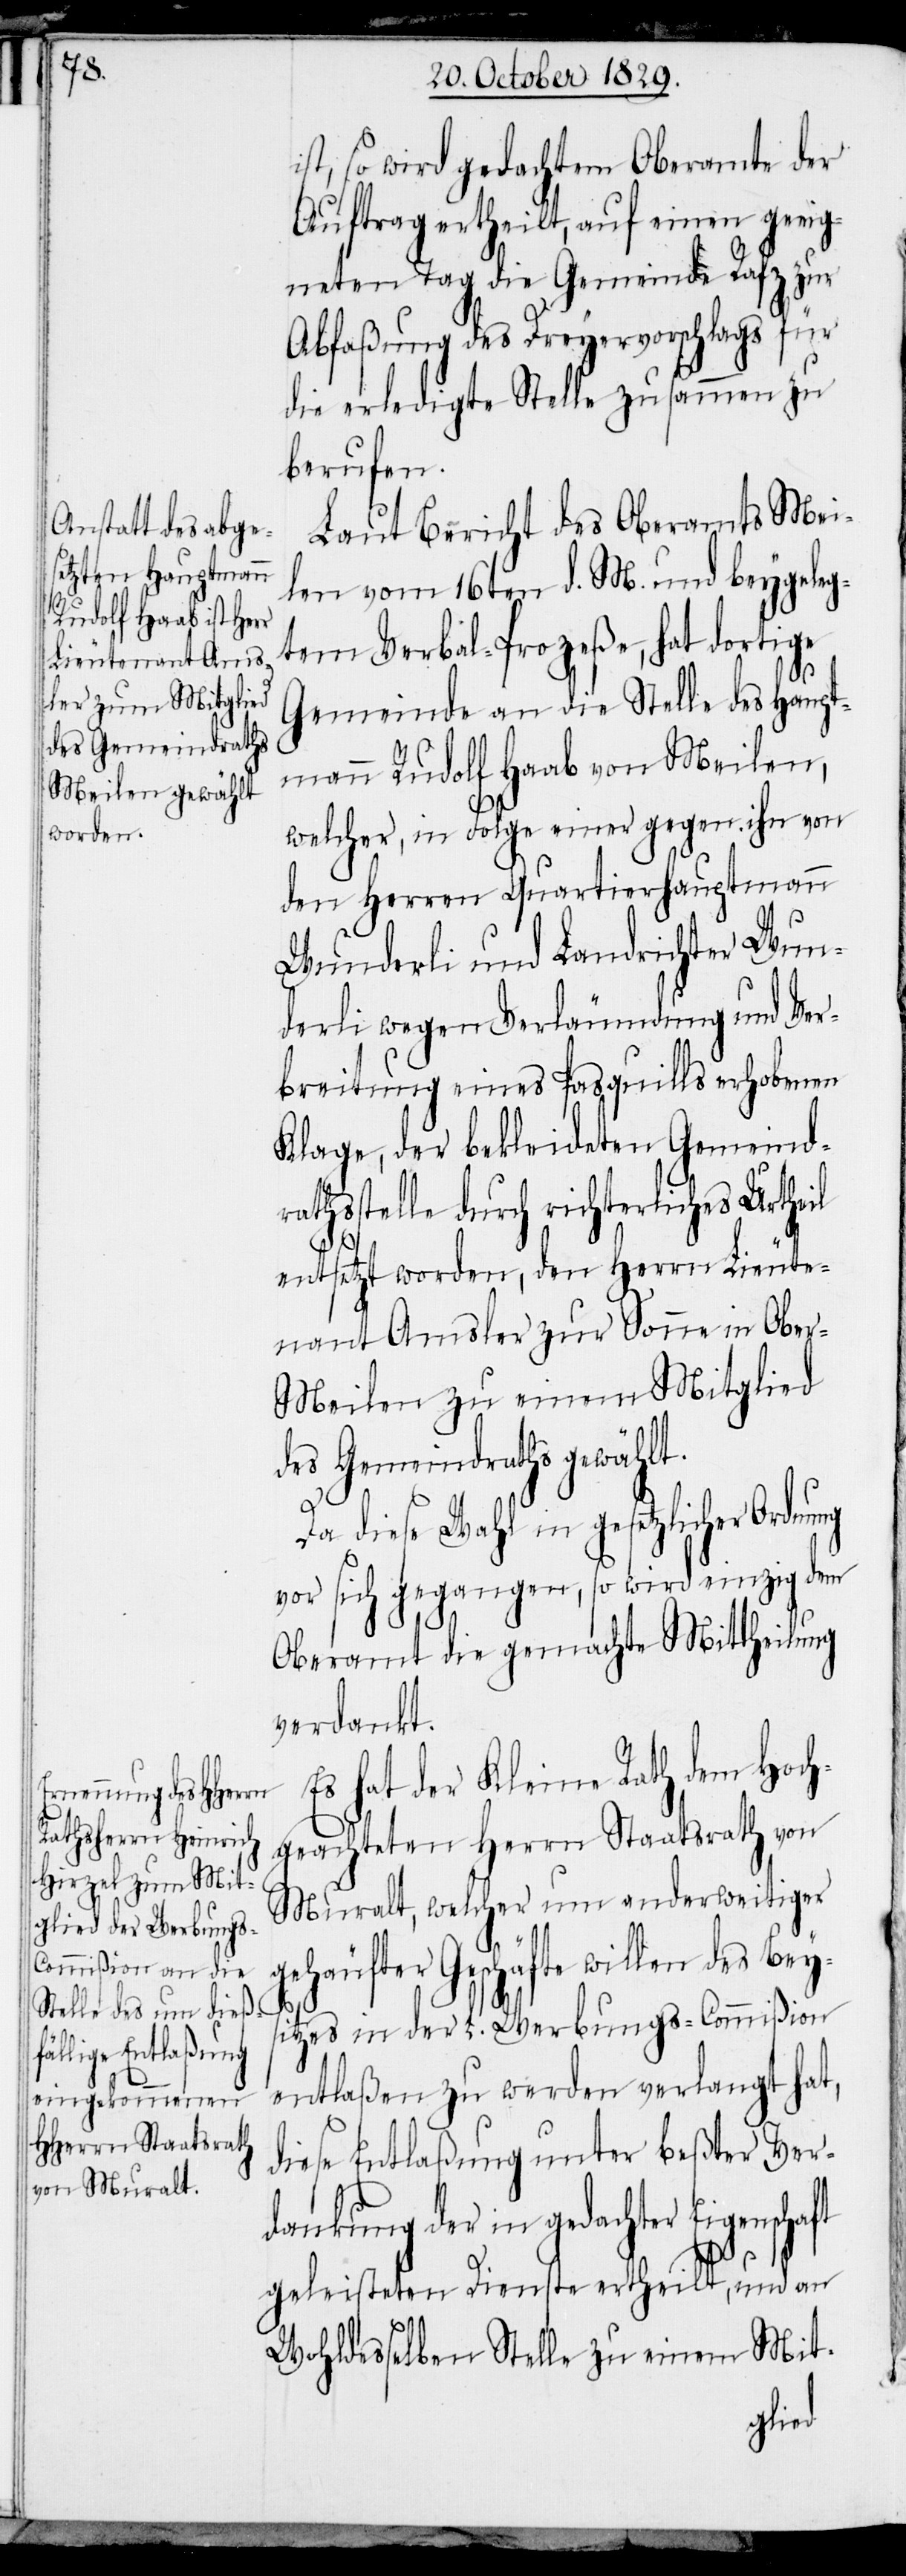
ist, so wird gedachtem Oberamte der
Auftrag ertheilt, auf einen geeig¬
neten Tag die Gemeinde Rafz zur
Abfaßung des Dreyervorschlags für
die erledigte Stelle zusammen zu
berufen.
Laut Bericht des Oberamts Mei¬
len vom 16ten d. M. und beygeleg¬
tem Verbal-Prozeße, hat dortige
Gemeinde an die Stelle des Haupt¬
mann Rudolf Haab von Meilen,
welcher, in Folge einer gegen ihn von
den Herren Quartierhauptmann
Wunderli und Landrichter Wun¬
derli wegen Verläumdung und Ver¬
breitung eines Pasquills erhobenen
Klage, der bekleideten Gemeind¬
rathsstelle durch richterliches Urtheil
entsetzt worden, den Herrn Lieute¬
nant Amsler zur Sonne in Obe¬
r-Meilen zu einem Mitglied
des Gemeindraths gewählt.
Da diese Wahl in gesetzlicher Ordnung
vor sich gegangen, so wird einzig dem
Oberamt die gemachte Mittheilung
verdankt.
Es hat der Kleine Rath dem Hoch¬
geachteten Herrn Staatsrath von
Muralt, welcher um anderweitiger
gehäufter Geschäfte willen des Beys¬
itzes in der L. Werbungs-Commißion
entlaßen zu werden verlangt hat,
diese Entlaßung unter beßter Ver¬
dankung der in gedachter Eigenschaft
geleisteten Dienste ertheilt, und an
Wohldesselben Stelle zu einem Mit-